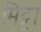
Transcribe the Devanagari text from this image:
मिट्टा